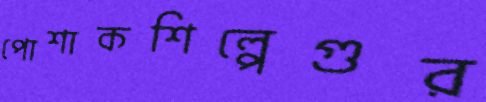
পোশাকশিল্পেগুর